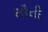
સૌતી